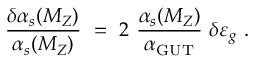
{ \frac { \delta \alpha _ { s } ( M _ { Z } ) } { \alpha _ { s } ( M _ { Z } ) } } \ = \ 2 \ { \frac { \alpha _ { s } ( M _ { Z } ) } { \alpha _ { \mathrm { G U T } } } } \ \delta \varepsilon _ { g } \ .